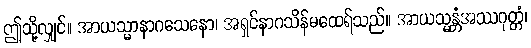
ဤသို့လျှင်။ အာယသ္မာနာဂသေနော၊ အရှင်နာဂသိန်မထေရ်သည်။ အာယသ္မန္တံအဿဂုတ္တံ၊